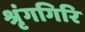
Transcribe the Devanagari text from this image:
श्रृंगगिरि